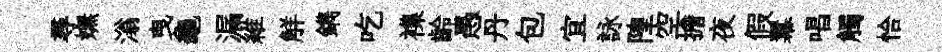
尋嫵滃曳龜漏維觧鐫吃襍齡愚丹包宜詠隍空擔夜假羃唱觸恰